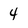
Character: 4